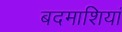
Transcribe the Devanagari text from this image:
बदमाशियां